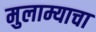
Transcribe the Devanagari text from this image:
मुलाम्याचा